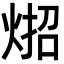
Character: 𪸳